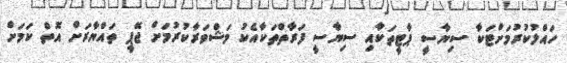
ހައްލުކުރުމަށްޓަކާ ސިޔާސީ ޕާޓީތަކާއި ސިޔާސީ ފަރާތްތަކާއެކު މަޝްވަރާކުރުމަށް ޖޭޕީ ތައްޔާރަށް އޮތް ކަމަށް